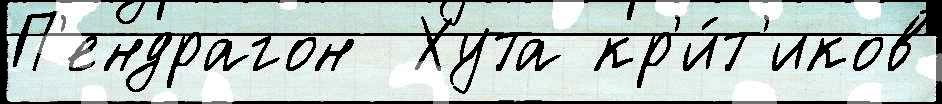
П'ендрагон  Хута кр'и́т'иков